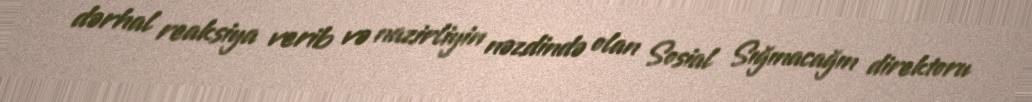
dərhal reaksiya verib və nazirliyin nəzdində olan Sosial Sığınacağın direktoru